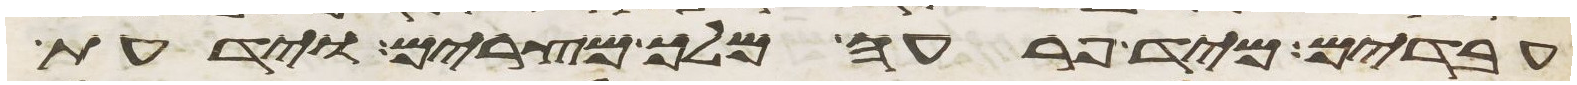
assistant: עבדים מיד פרעה מלך מצרים וידעת